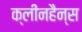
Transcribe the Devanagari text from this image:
क्लीनहैन्स